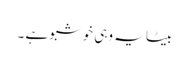
بیٹا یہ وہی خوشبو ہے ۔